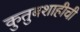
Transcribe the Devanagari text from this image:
कुतुबशाहीची